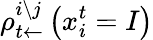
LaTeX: \rho_{t\leftarrow}^{i\setminus j}\left(x_{i}^{t}=I\right)